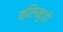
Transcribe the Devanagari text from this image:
कलिमुजो